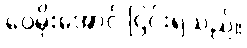
ဝေမိုးအောင် ငြင်းရသည်။